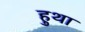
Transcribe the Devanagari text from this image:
हुथा